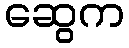
ဆွေက